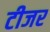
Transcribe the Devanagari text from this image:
टीजर